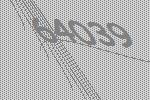
64039